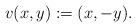
LaTeX: \begin{align*}v(x,y) := (x,-y).\end{align*}